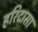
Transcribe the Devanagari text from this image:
हरिदासा